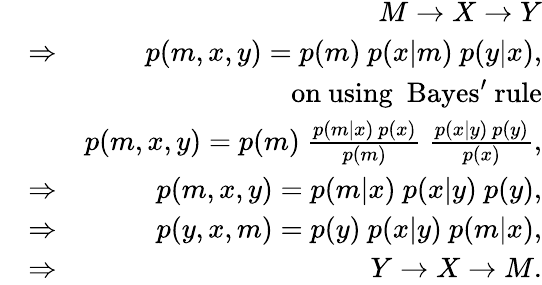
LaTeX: \begin{array}{rlr}&{~}&{M\rightarrow X\rightarrow Y}\\ &{\Rightarrow}&{p(m,x,y)=p(m)~p(x|m)~p(y|x),}\\ &{~}&{\mathrm{on~using~~Bayes'~rule}}\\ &{~}&{p(m,x,y)=p(m)~\frac{p(m|x)~p(x)}{p(m)}~\frac{p(x|y)~p(y)}{p(x)},}\\ &{\Rightarrow}&{p(m,x,y)=p(m|x)~p(x|y)~p(y),}\\ &{\Rightarrow}&{p(y,x,m)=p(y)~p(x|y)~p(m|x),}\\ &{\Rightarrow}&{Y\rightarrow X\rightarrow M.}\end{array}